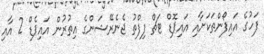
ފަހުގެ އައިފޯންތަކަށާއި އައިޕޮޑް ޓަޗް ފިފްތު ޖެނެރޭޝަންގެ އިތުރުން އައިޕެޑް 2 އާއި